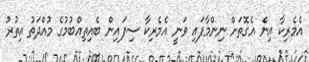
އެމެރިކާ އިން އެގޮތަށް ނިންމާފައި ވަނީ އެމެރިކާ ސިފައިން ބެއިތިއްބުމުގެ މުއްދަތު އިތުރު